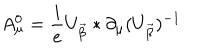
A _ { \mu } ^ { 0 } = \frac { i } { e } U _ { \vec { \beta } } * \partial _ { \mu } ( U _ { \vec { \beta } } ) ^ { - 1 }